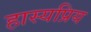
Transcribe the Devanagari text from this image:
हास्यप्रिय